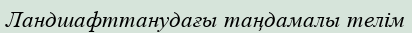
Ландшафттанудағы таңдамалы телім